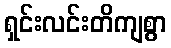
ရှင်းလင်းတိကျစွာ